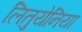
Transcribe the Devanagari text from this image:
लितुयेनिया